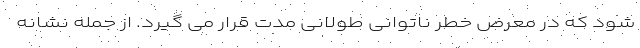
شود که در معرض خطر ناتوانی طولانی مدت قرار می گیرد. از جمله نشانه